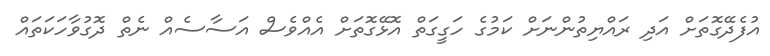
އުފެދޭގޮތަށް އަދި ރައްޔިތުންނަށް ކަމުގެ ހަގީގަތް އޮޅޭގޮތަށް އެއްވެސް އަސާސެއް ނެތް ދޮގުވާހަކަތައް